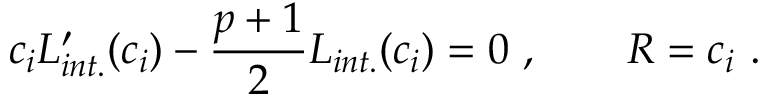
c _ { i } L _ { i n t . } ^ { \prime } ( c _ { i } ) - { \frac { p + 1 } { 2 } } L _ { i n t . } ( c _ { i } ) = 0 \ , \qquad R = c _ { i } \ .